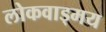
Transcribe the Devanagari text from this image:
लोकवाड्मय